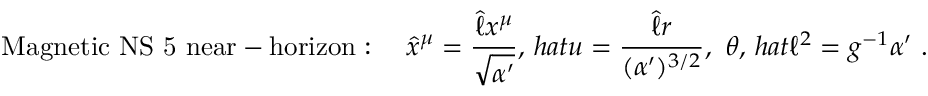
\mathrm { M a g n e t i c ~ N S ~ 5 ~ n e a r - h o r i z o n } : \quad \hat { x } ^ { \mu } = \frac { \hat { \ell } x ^ { \mu } } { \sqrt { \alpha ^ { \prime } } } , \, h a t { u } = \frac { \hat { \ell } r } { ( \alpha ^ { \prime } ) ^ { 3 / 2 } } , \ \theta , \, h a t { \ell } ^ { 2 } = g ^ { - 1 } \alpha ^ { \prime } \ .